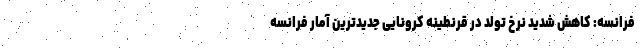
فرانسه: کاهش شدید نرخ تولد در قرنطینه کرونایی جدیدترین آمار فرانسه